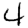
Digit: 4